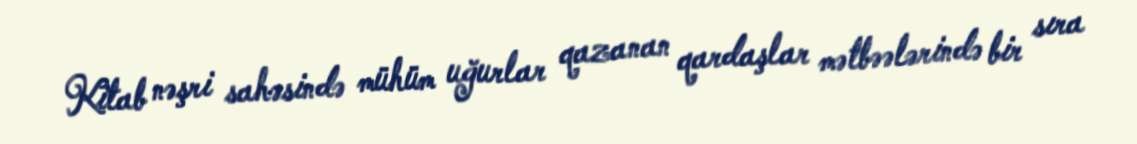
Kitab nəşri sahəsində mühüm uğurlar qazanan qardaşlar mətbəələrində bir sıra